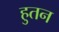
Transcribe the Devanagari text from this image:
हुतन